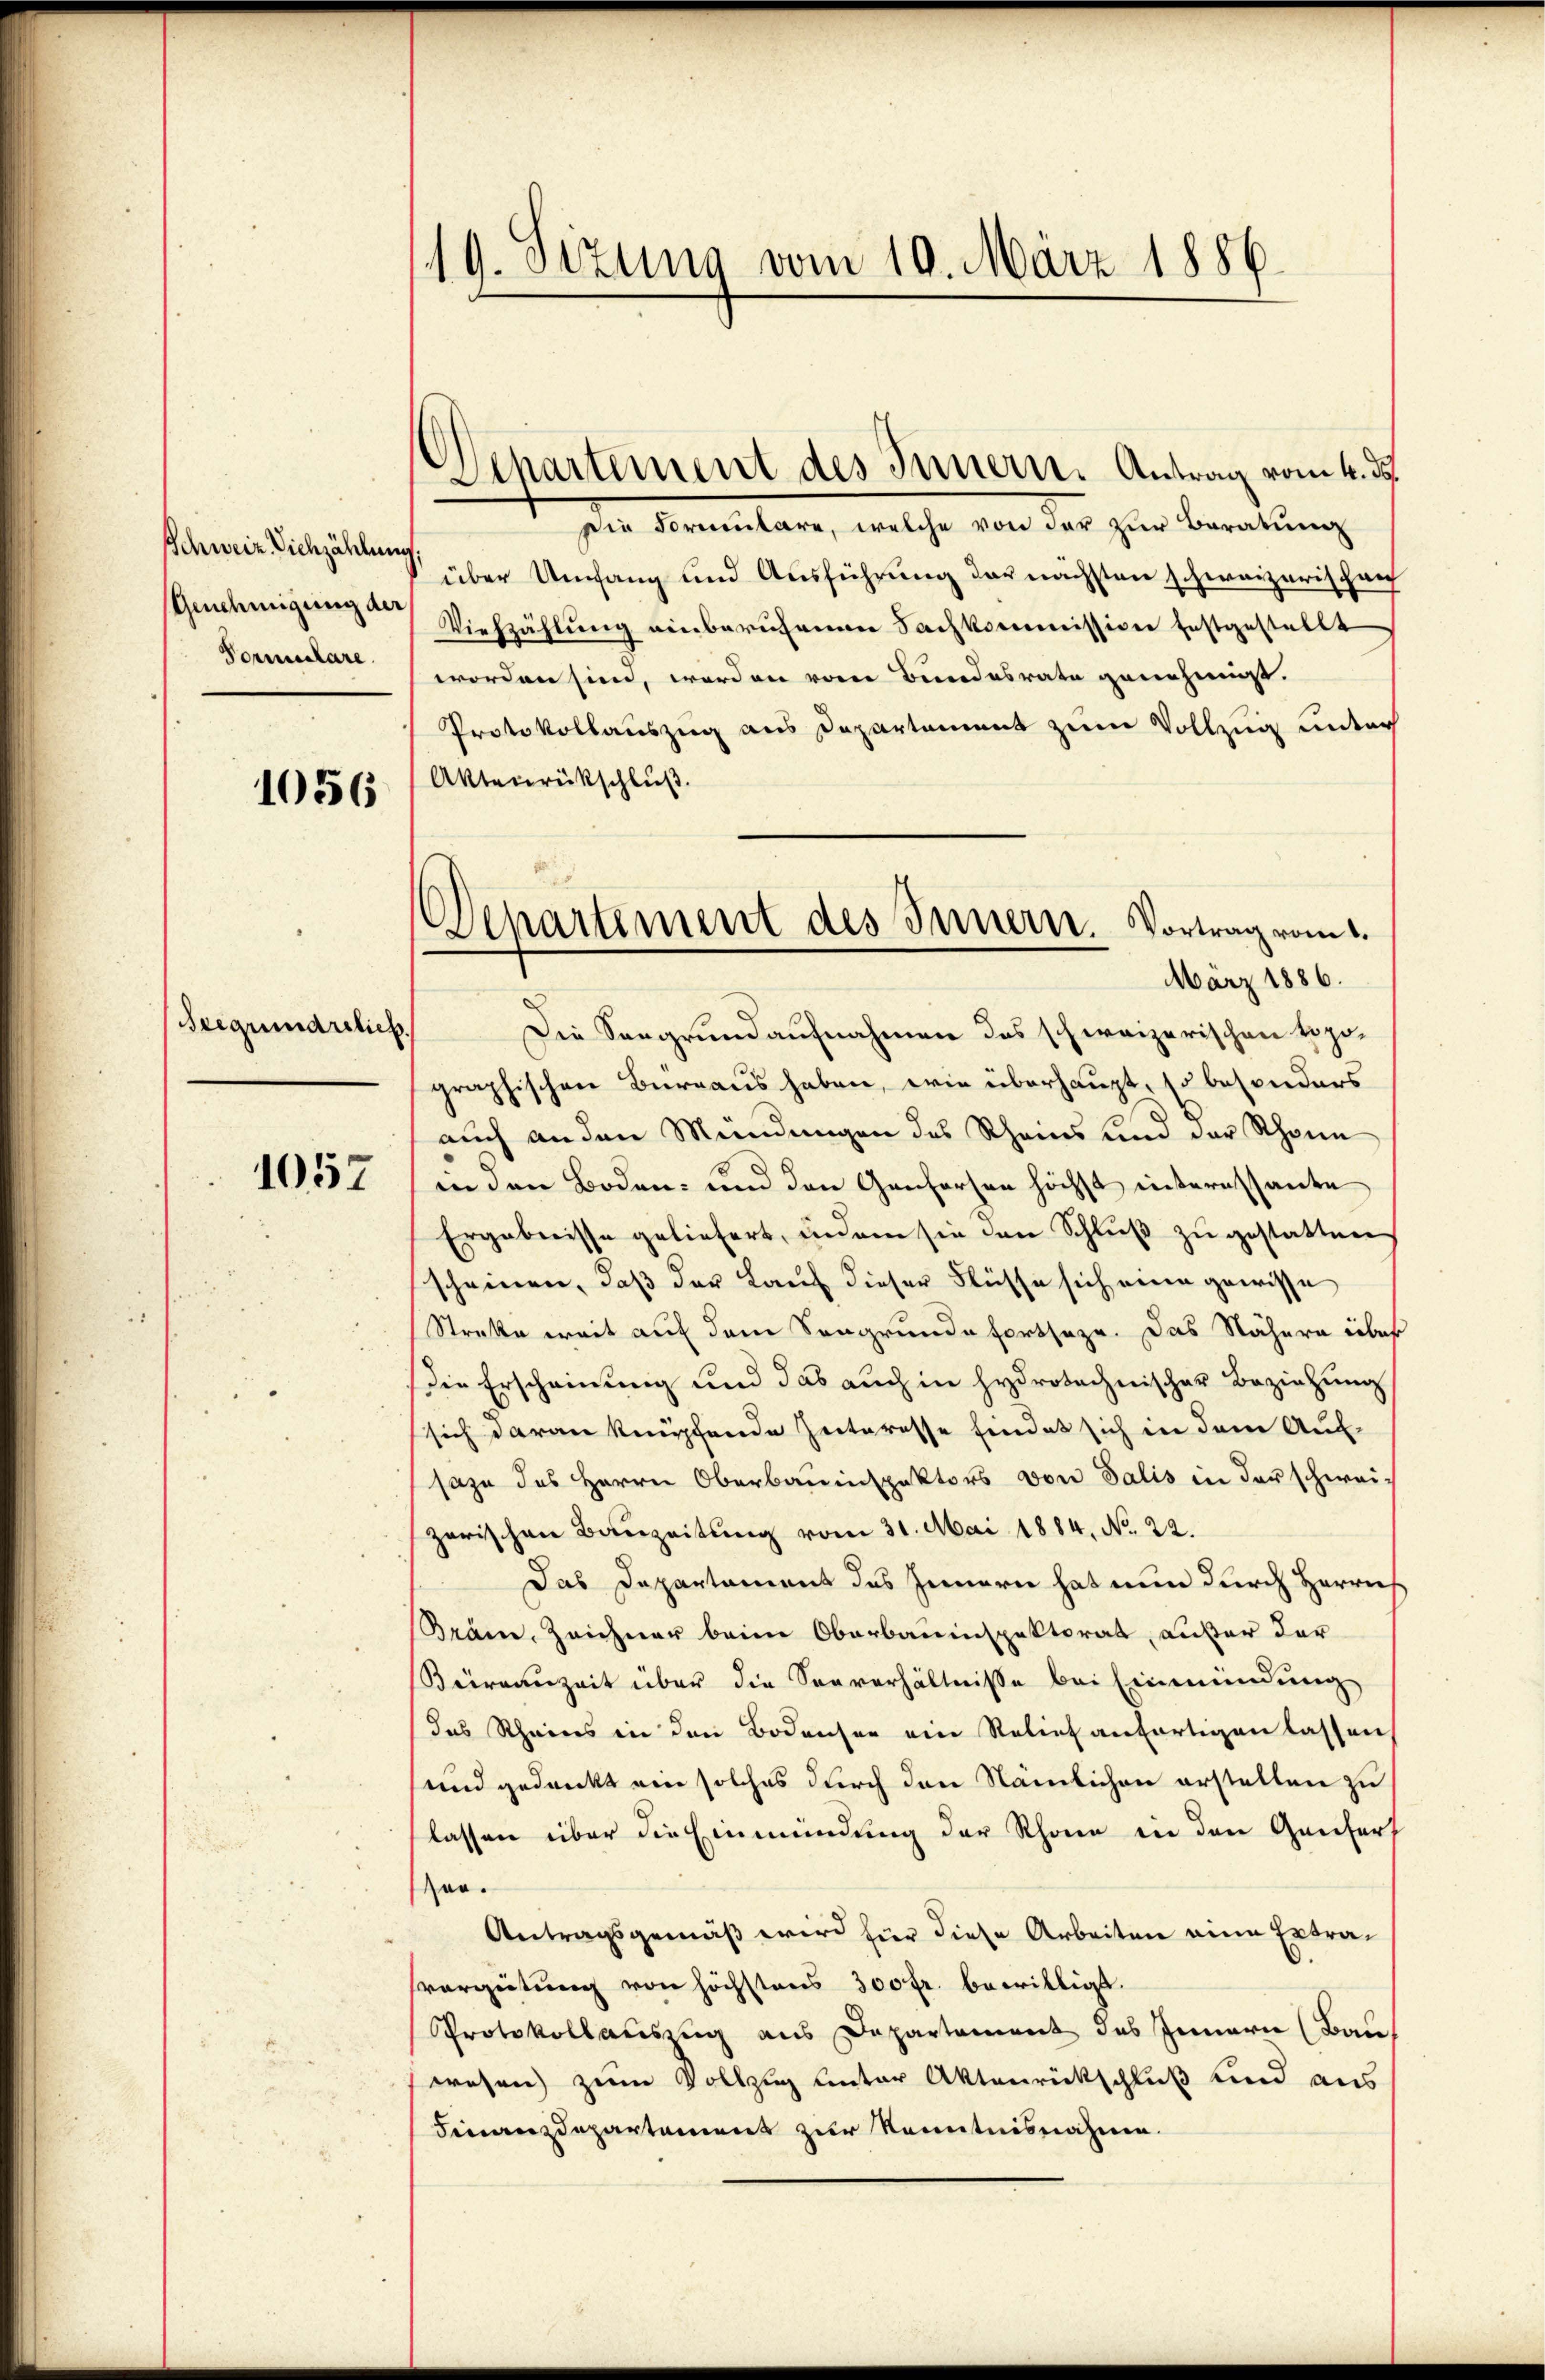
Schweiz Viehzählung
Genehmigung der
Formulare.

1056

Seequarelieb.

1057

19. Sizung vom 19. März 1886.

Departement des Innern. Antrag vom 4. ds.

Die Formentare, welche von der zur Beratung
über Umfang und Ausführung der nächsten schweizerischen
Viehzählŭng einberuhenen Sachkommission festgestellt
worden sien, worden vom Bundesrate genehmigt.
Protokollauszug aus Departement zum Vollzug unter
Aktenrückschluß.
graphischen Bureaus haben, wie überhaupt, so besonders
auch an den Mündungen des Rheins und der Schöne
in den Boden- und den Genferen höchst interessante
Ergebnisse geliefert, indem sie den Schlŭβ zŭ gestatten
scheinen, daß der Lauf dieser Flüsse sich eine gewisse
Streke weit auf dem Songrunde fortseze. Das Nähern über
die Erscheinung und das auch in hydrotechnischer Beziehung
sich daran knüpfende Interesse findet sich in dem Auf-
sazu des Herrn Oberbauinspektors von Salis in der schwei-
zerischen Bauzeitung vom 31. Mai 1884, No 22.
Das Departament des Innern hat nun durch Herrn
Bräm, Zeichner beim Oberbauinspektorat, außer der
Büreauzeit über die Seeverhältnisse bei Einmündung
das Rheins in den Bodenser ein Relief anfertigen lassen
und gedankt ein solches durch den Nämlichen erstalten zu
lassen über die Einmündung der Rhone in den Ganters
Ger.
Antragsgemäß wird für diese Arbeiten eine Ertravergütung von höchstens 300 fr. bewilligt.
Protokollauszug aus Departement des Innern (Bau
wesen zum Vollzug unter Aktenrückschluß sind aus
Finanzdepartement zur Kenntnisnahme.

Departement des Innern. Vortrag vom 1.
März 1886.
Die Sangrund aufnahmen das schweizerischen Topo¬